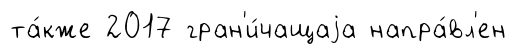
та́кже 2017 гран'и́чащаjа напра́вл'ен